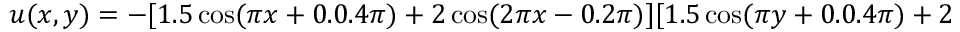
\begin{array} { r } { u ( x , y ) = - [ 1 . 5 \cos ( \pi x + 0 . 0 . 4 \pi ) + 2 \cos ( 2 \pi x - 0 . 2 \pi ) ] [ 1 . 5 \cos ( \pi y + 0 . 0 . 4 \pi ) + 2 \cos ( 2 \pi y - 0 . 2 \pi ) ] \, . } \end{array}